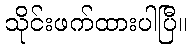
သိုင်းဖက်ထားပါပြီ။